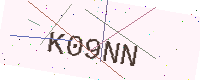
Text: K09NN